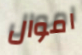
اموال